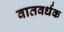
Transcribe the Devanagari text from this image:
वातवर्धक